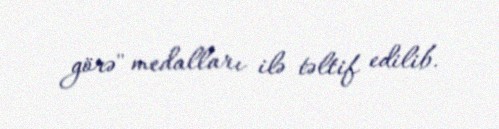
görə'' medalları ilə təltif edilib.